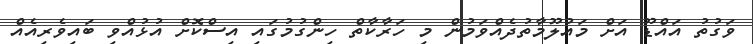
ވަގުތު އައްޑޫ އަށް މައުލޫމާތުދެއްވަމުން މި ހަރާކާތް ހިންގުމުގައި އިސްކޮށް އުޅުއްވި ބައިވެރިއެއް